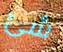
شئ